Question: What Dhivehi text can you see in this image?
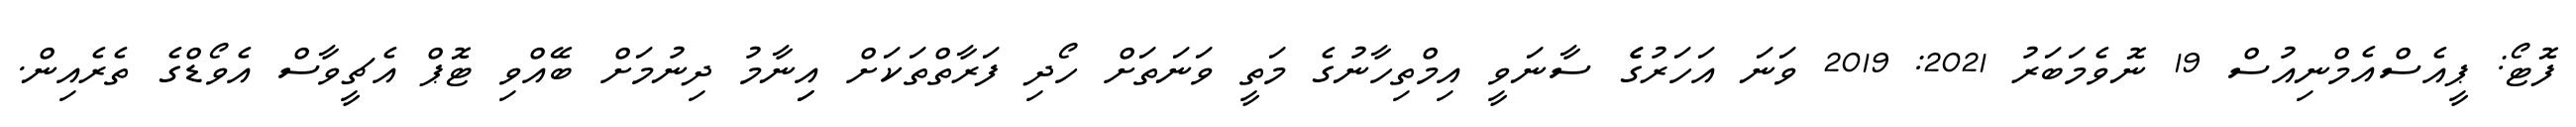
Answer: ފޮޓޯ: ޕީއެސްއެމްނިއުސް 19 ނޮވެމަބަރު 2021: 2019 ވަނަ އަހަރުގެެ ސާނަވީ އިމްތިހާނުގެ މަތީ ވަނަތަށް ހޯދި ފަރާތްތަކަށް އިިނާމު ދިނުމަށް ބޭއްވި ޓޮޕް އެޗީވާސް އެވޯޑްގެ ތެރެއިން.